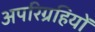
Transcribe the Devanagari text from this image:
अपरिग्रहियों